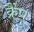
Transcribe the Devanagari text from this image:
क्रैंप